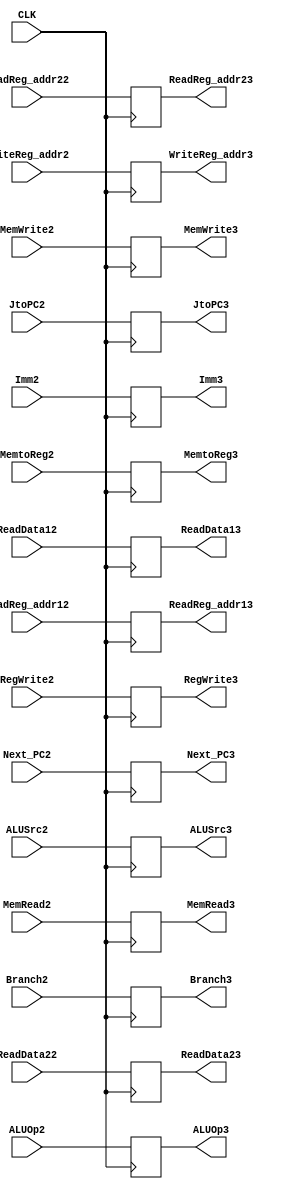
module Second_Pipe(
		/*CLK*/
		input wire CLK,

		/*register*/
		input wire [4:0] ReadReg_addr12,
		input wire [4:0] ReadReg_addr22,
		input wire [4:0] WriteReg_addr2,
		input wire [31:0] Imm2,
		input wire [31:0] ReadData12,
		input wire [31:0] ReadData22,


		/*PC and Control*/
		input wire [31:0] Next_PC2,
  		input wire JtoPC2,
  		input wire Branch2,
  		input wire RegWrite2,
  		input wire ALUSrc2,
  		input wire MemWrite2,
  		input wire MemRead2,
  		input wire MemtoReg2,
  		input wire [3:0] ALUOp2,


  		output reg [4:0] ReadReg_addr13,
  		output reg [4:0] ReadReg_addr23,
  		output reg [4:0] WriteReg_addr3,
  		output reg [31:0] Imm3,
  		output reg [31:0] ReadData13,
  		output reg [31:0] ReadData23,

  		output reg [31:0] Next_PC3,
  		output reg JtoPC3,
  		output reg Branch3,
  		output reg RegWrite3,
  		output reg ALUSrc3,
  		output reg MemWrite3,
  		output reg MemRead3,
  		output reg MemtoReg3,
  		output reg [3:0] ALUOp3
	);

always @(posedge CLK)
begin
	ReadReg_addr13 <= ReadReg_addr12;
	ReadReg_addr23 <= ReadReg_addr22;
	WriteReg_addr3 <= WriteReg_addr2;
	Imm3 <= Imm2;
	ReadData13 <= ReadData12;
	ReadData23 <= ReadData22;
	Next_PC3 <= Next_PC2;
	JtoPC3 <= JtoPC2;
	Branch3 <= Branch2;
	RegWrite3 <= RegWrite2;
	ALUSrc3 <= ALUSrc2;
	MemWrite3 <= MemWrite2;
	MemRead3 <= MemRead2;
	MemtoReg3 <= MemtoReg2;
	ALUOp3 <= ALUOp2;
end

endmodule